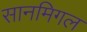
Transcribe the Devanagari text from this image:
सानमिगल